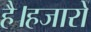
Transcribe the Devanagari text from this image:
है।हजारों